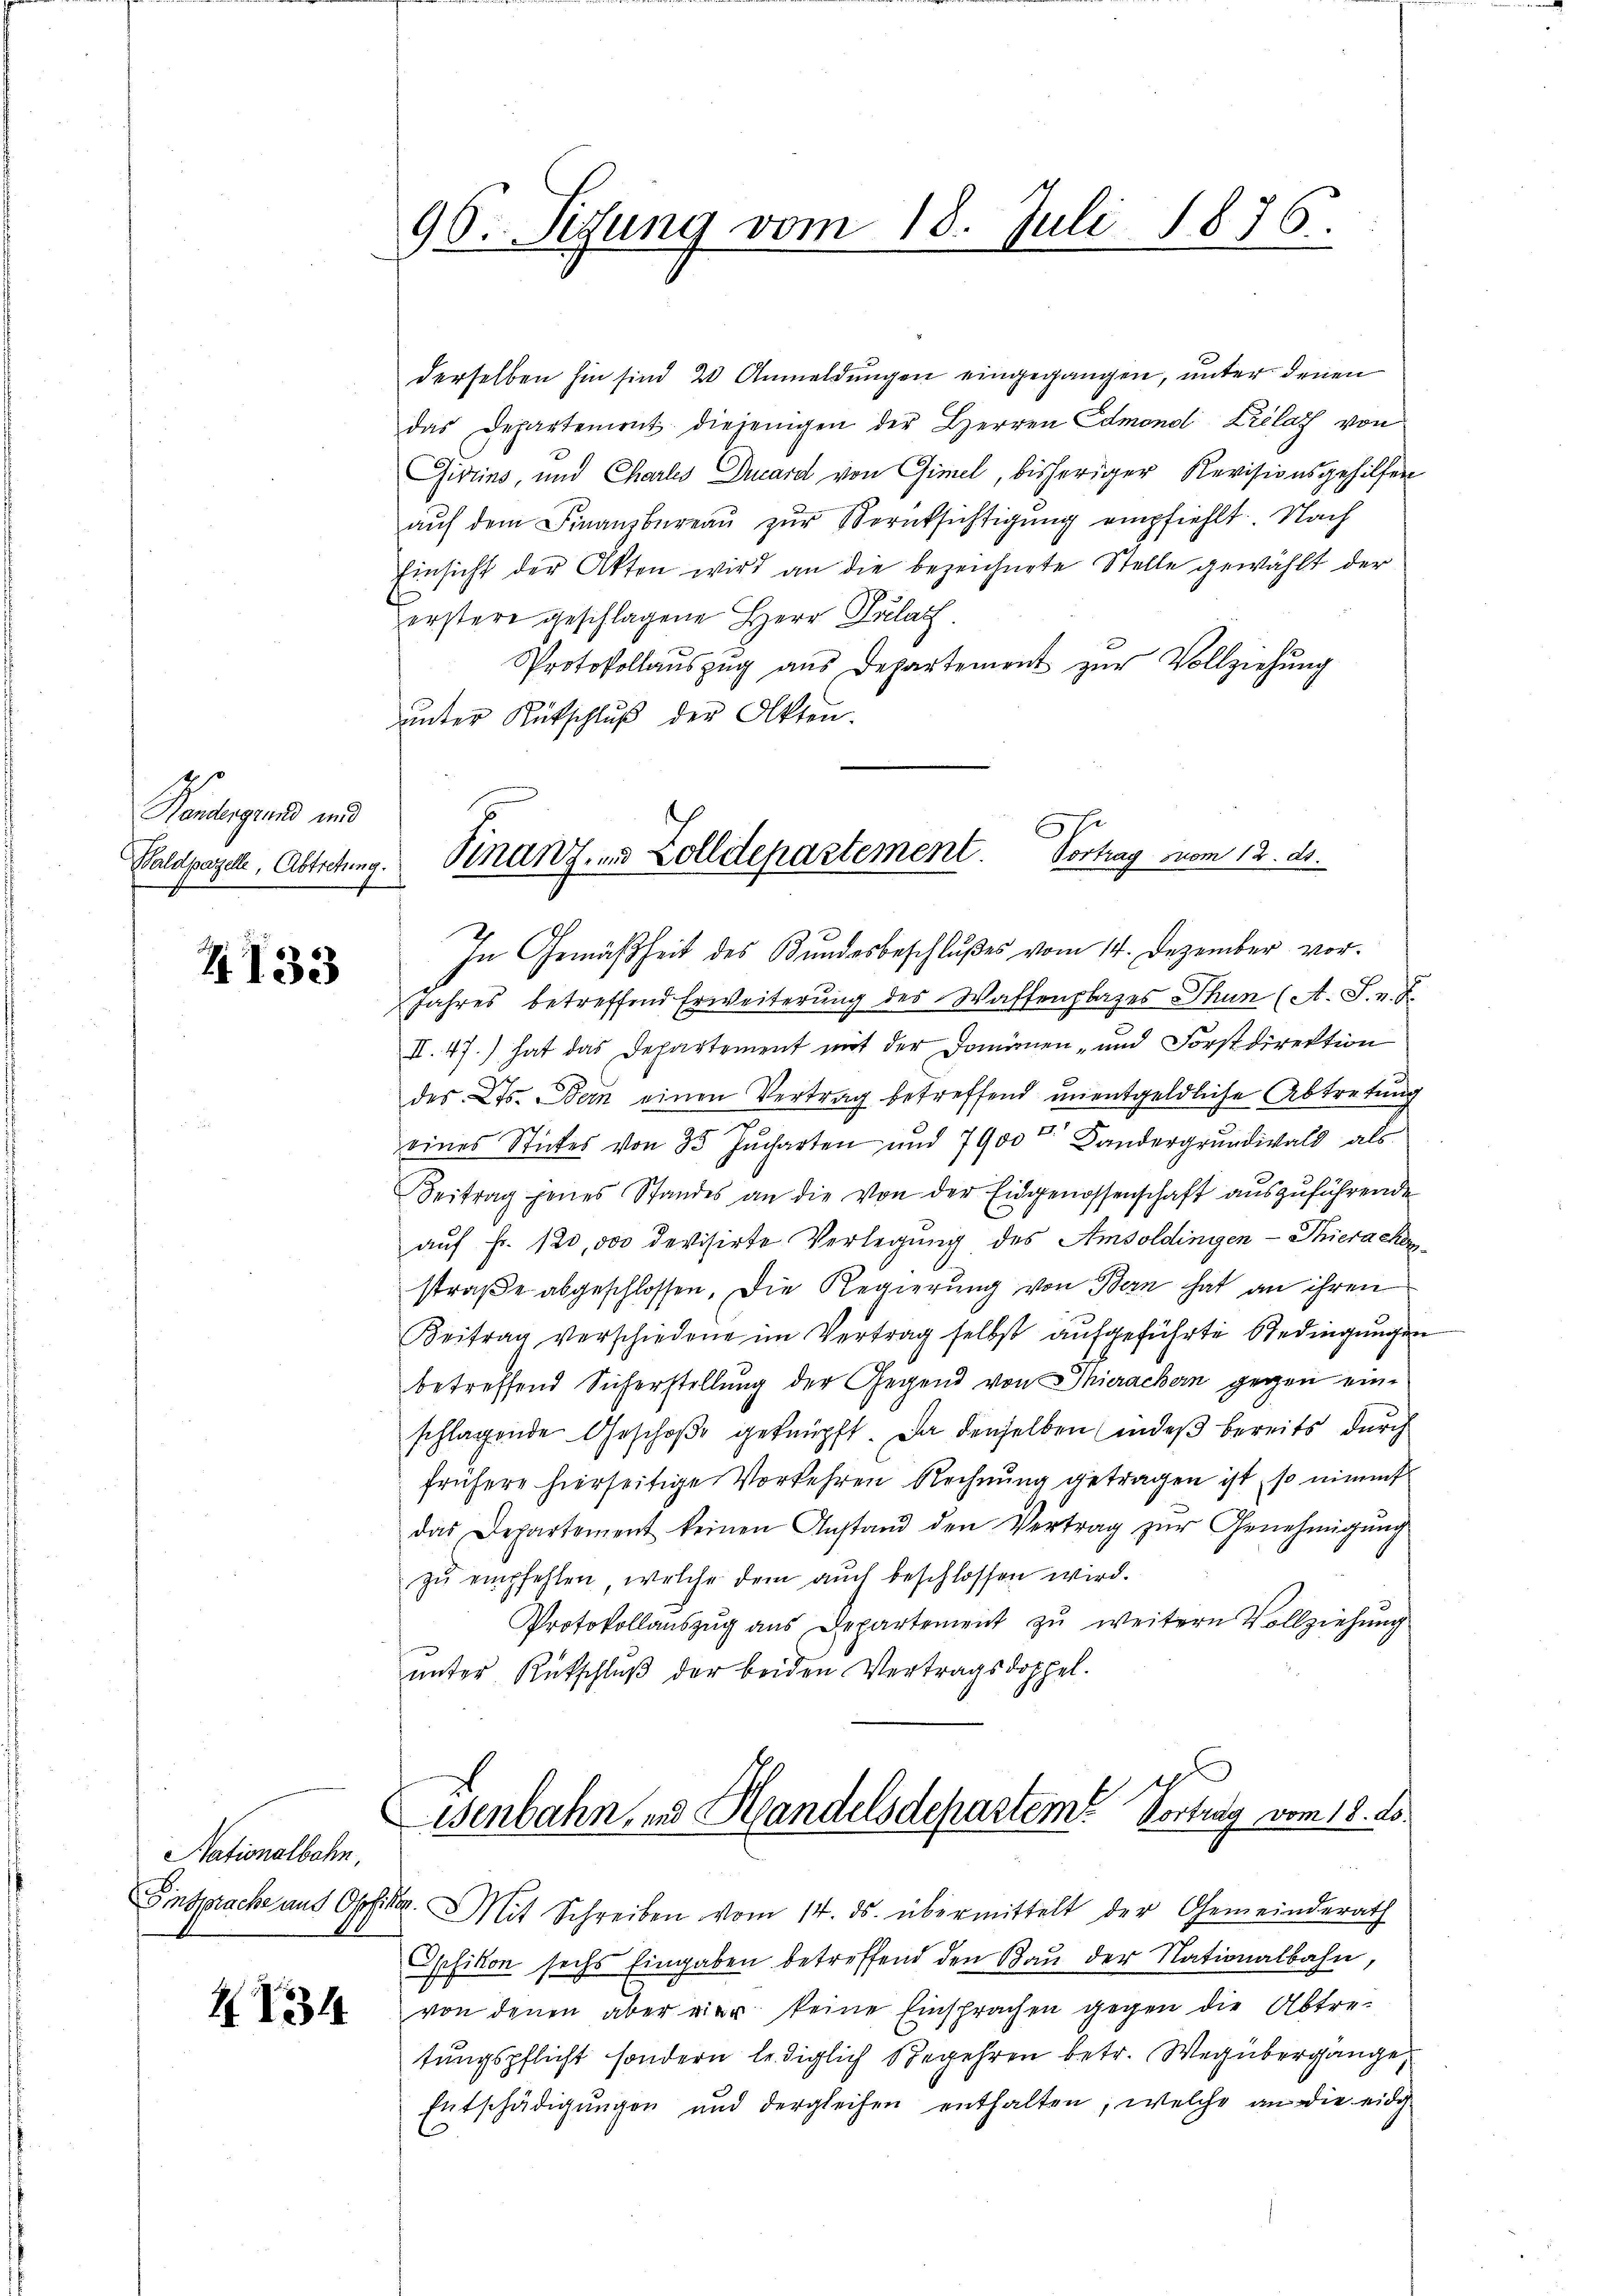
g
Kandergrund und
Waldpazelle, Abtretung.

4133

Nationalbahn,

134

96. Sizung vom 18. Juli 1876.

derselben hin sind 28 Anmeldungen eingegangen, unter denen
das Departement diejenigen der Herren Edmond Lrélat von
Givzins, und Charles Ducard von Gimel, bisheriger Revisionsgehilfen
aŭf dem Finanzbüreaŭ zŭr Berücksichtigung empfiehlt. Nach
Einsicht der Akten wird an die bezeichnete Stelle gewählt der
erstere geschlagene Herr Prelat
Protokollaŭszŭg ans Departement zŭr Vollziehŭng
unter Rückschluß der Akten.
In Gemäßheit des Bundesbeschlußes vom 14. Dezember vor.
Jahres betreffend Erweiterung des Waffenplazes Thun (A. S. n. F
II. 47.) hat das Departement mit der Domänen- und Forstdirektion
des Cts. Bern einen Vertrag betreffend unentgeldliche Abtretung
eines Stückes von 35 Jucharten und 7900 Landergrundiwald als
Beitrag jenes Standes an die von der Eidgenossenschaft aŭszŭführende
aŭf Fr. 120,000 devisirte Verlegung des Amsoldingen - Thierachen
straße abgeschlossen. Die Regierung von Bern hat an ihren
Beitrag verschiedene im Vertrag selbst aufgeführte Bedingungen
betreffend Sicherstellung der Gegend von Thierachern gegen einschlagende Geschoβe geknüpft. Da denselben indeß bereits durch
frühere hierseitige Vorkehren Rechnung getragen ist, so nimmt
das Departement keinen Anstand den Vertrag zŭr Genehmigŭng
zŭ empfehlen, welche dem auch beschlossen wird.
Protokollaŭszŭg aŭs Departement zŭ weitern Vollziehŭng
unter Rückschluß der beiden Vertragsdoppel.
Wenbahn, und Handelsdepartem Vortrag vom 18. ds.
Einsprache aus Opfikon. Mit Schreiben vom 14. ds. übermittelt der Gemeinderath
Opfikon sechs Eingaben betreffend den Bau der Nationalbahn,
von denen aber vier keine Einsprachen gegen die Abtretungspflicht sondern lediglich Begehren betr. Weg übergänge,
Entschädigungen und dergleichen enthalten, welche an die eidg

Finanz, und Zolldepartement. Vortrag vom 12. ds.